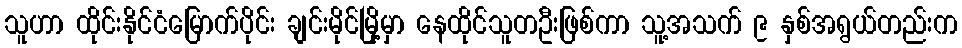
သူဟာ ထိုင်းနိုင်ငံမြောက်ပိုင်း ချင်းမိုင်မြို့မှာ နေထိုင်သူတဦးဖြစ်ကာ သူ့အသက် ၉ နှစ်အရွယ်တည်းက